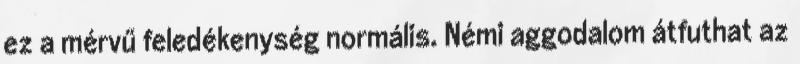
ez a mérvű feledékenység normális. Némi aggodalom átfuthat az